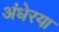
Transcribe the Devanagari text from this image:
अंधेरया